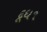
દૂધ૧